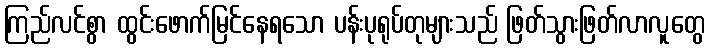
ကြည်လင်စွာ ထွင်းဖောက်မြင်နေရသော ပန်းပုရုပ်တုများသည် ဖြတ်သွားဖြတ်လာလူတွေ